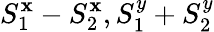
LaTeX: S_{1}^{\mathbf{x}}-S_{2}^{\mathbf{x}},S_{1}^{y}+S_{2}^{y}